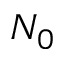
N _ { 0 }